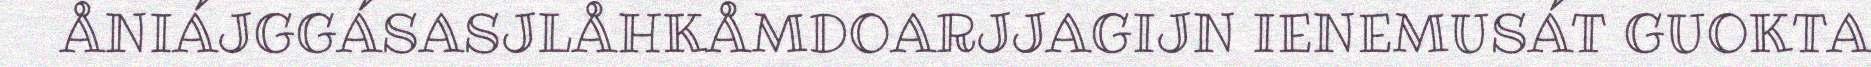
ÅNIÁJGGÁSASJLÅHKÅMDOARJJAGIJN IENEMUSÁT GUOKTA